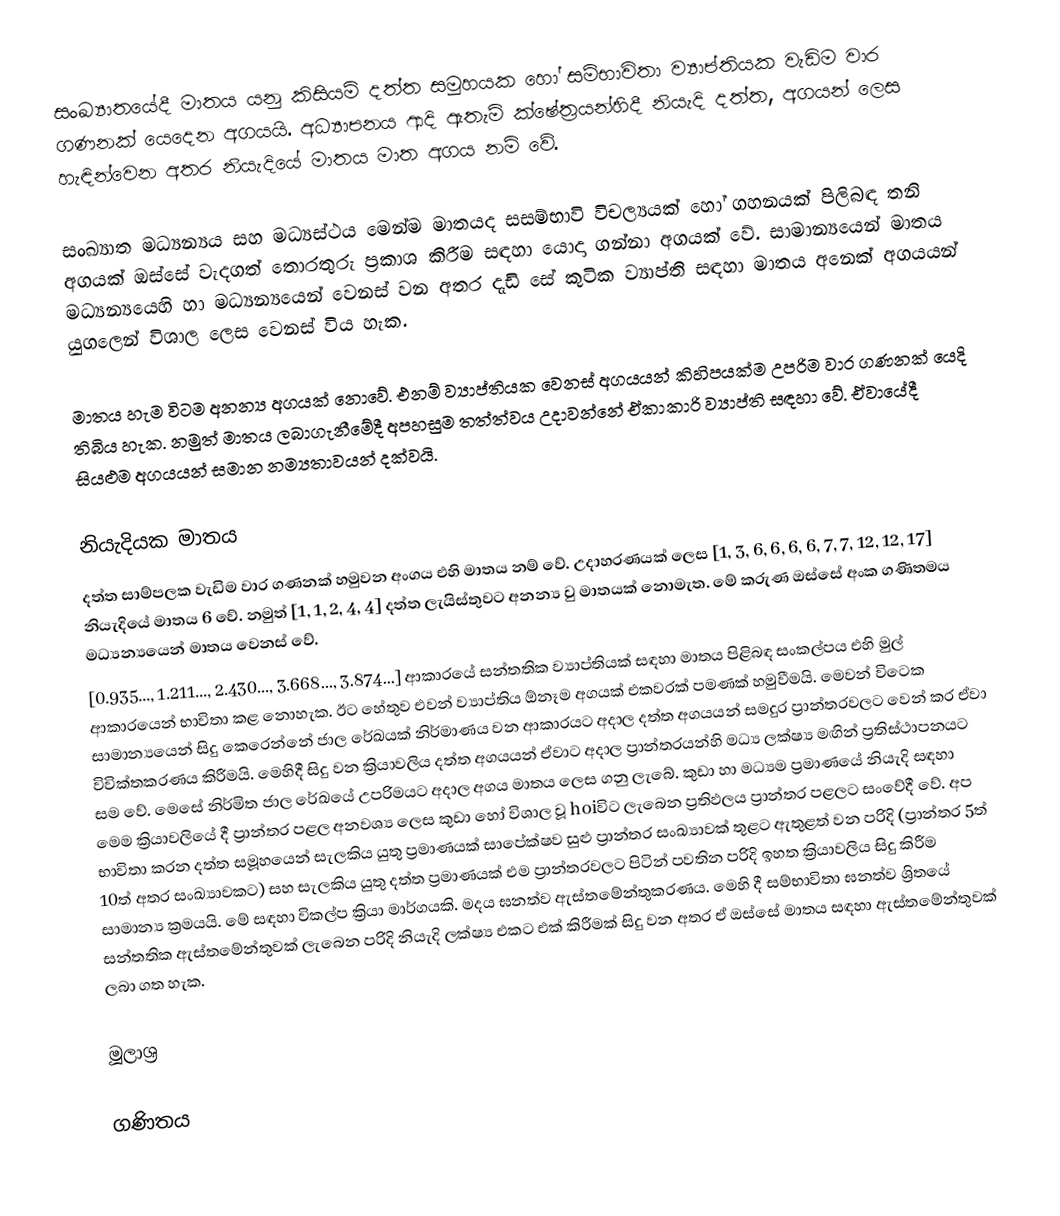
සංඛ්‍යාතයේදී මාතය යනු කිසියම් දත්ත සමුහයක හෝ සම්භාවිතා ව්‍යාප්තියක වැඩිම වාර ගණනක් යෙදෙන අගයයි. අධ්‍යාපනය ආදි ඇතැම් ක්ෂේත්‍රයන්හිදී නියැදි දත්ත, අගයන් ලෙස හැඳින්වෙන අතර නියැදියේ මාතය මාත අගය නම් වේ.

සංඛ්‍යාත මධ්‍යන්‍යය සහ මධ්‍යස්ථය මෙන්ම  මාතයද සසම්භාවි විචල්‍යයක් හෝ ගහනයක් පිලිබඳ තනි අගයක් ඔස්සේ වැදගත් තොරතුරු ප්‍රකාශ කිරීම සඳහා යොදා ගන්නා අගයක් වේ. සාමාන්‍යයෙන් මාතය මධ්‍යන්‍යයෙහි හා මධ්‍යන්‍යයෙන් වෙනස් වන අතර දැඩි සේ කුටික ව්‍යාප්ති සඳහා මාතය අනෙක් අගයයන් යුගලෙන් විශාල ලෙස වෙනස් විය හැක.

මාතය හැම විටම අනන්‍ය අගයක් නොවේ. එනම් ව්‍යාප්තියක වෙනස් අගයයන් කිහිපයක්ම උපරිම වාර ගණනක් යෙදි තිබිය හැක. නමුත් මාතය ලබාගැනීමේදී අපහසුම තත්ත්වය උදාවන්නේ ඒකාකාරි ව්‍යාප්ති සඳහා වේ. ඒවායේදී සියළුම අගයයන් සමාන නම්‍යතාවයන් දක්වයි.

නියැදියක මාතය
දත්ත සාම්පලක වැඩිම වාර ගණනක් හමුවන අංගය එහි මාතය නම් වේ. උදාහරණයක් ලෙස [1, 3, 6, 6, 6, 6, 7, 7, 12, 12, 17] නියැදියේ මාතය 6 වේ. නමුත් [1, 1, 2, 4, 4] දත්ත ලැයිස්තුවට අනන්‍ය වු මාතයක් නොමැත. මේ කරුණ ඔස්සේ අංක ගණිතමය මධ්‍යන්‍යයෙන් මාතය වෙනස් වේ.
[0.935..., 1.211..., 2.430..., 3.668..., 3.874...]  ආකාරයේ සන්තතික ව්‍යාප්තියක් සඳහා මාතය පිළිබඳ සංකල්පය එහි මුල් ආකාරයෙන් භාවිතා කළ නොහැක. ඊට හේතුව එවන් ව්‍යාප්තිය ඕනෑම අගයක් එකවරක් පමණක් හමුවීමයි. මෙවන් විටෙක සාමාන්‍යයෙන් සිදු කෙරෙන්නේ ජාල රේඛයක් නිර්මාණය ‍වන ආකාරයට අදාල දත්ත අගයයන් සමදුර ප්‍රාන්තරවලට වෙන් කර ඒවා විවික්තකරණය කිරීමයි. මෙහිදී සිදු වන ක්‍රියාවලිය දත්ත අගයයන් ඒවාට අදාල ප්‍රාන්තරයන්හි මධ්‍ය ලක්ෂ්‍ය මඟින් ප්‍රතිස්ථාපනයට සම වේ. මෙසේ නිර්මිත ජාල රේඛයේ උපරිමයට අදාල අගය මාතය ලෙස ගනු ලැබේ. කුඩා හා මධ්‍යම ප්‍රමාණයේ නියැදි සඳහා මෙම ක්‍රියාවලියේ දී ප්‍රාන්තර පළල අනවශ්‍ය ලෙස කුඩා හෝ විශාල වූ hoiවිට ලැබෙන ප්‍රතිඵලය ප්‍රාන්තර පළලට සංවේදී වේ. අප භාවිතා කරන දත්ත සමූහයෙන් සැලකිය යුතු ප්‍රමාණයක් සාපේක්ෂව සුළු ප්‍රාන්තර සංඛ්‍යාවක් තුළට ඇතුළත් වන පරිදි (ප්‍රාන්තර 5ත් 10ත් අතර සංඛ්‍යාවකට) සහ සැලකිය යුතු දත්ත ප්‍රමාණයක් එම ප්‍රාන්තරවලට පිටින් පවතින පරිදි ඉහත ක්‍රියාවලිය සිදු කිරීම සාමාන්‍ය ක්‍රමයයි. මේ සඳහා විකල්ප ක්‍රියා මාර්ගයකි. මදය ඝනත්ව ඇස්තමේන්තුකරණය. මෙහි දී සම්භාවිතා ඝනත්ව ශ්‍රිතයේ සන්තතික ඇස්තමේන්තුවක් ලැබෙන පරිදි නියැදි ලක්ෂ්‍ය එකට එක් කිරීමක් සිදු වන අතර ඒ ඔස්සේ මාතය සඳහා ඇස්තමේන්තුවක් ලබා ගත හැක.

මූලාශ්‍ර

ගණිතය